Scientific memoirs by medical officers of the Army of India - Part III,
Year: 1887
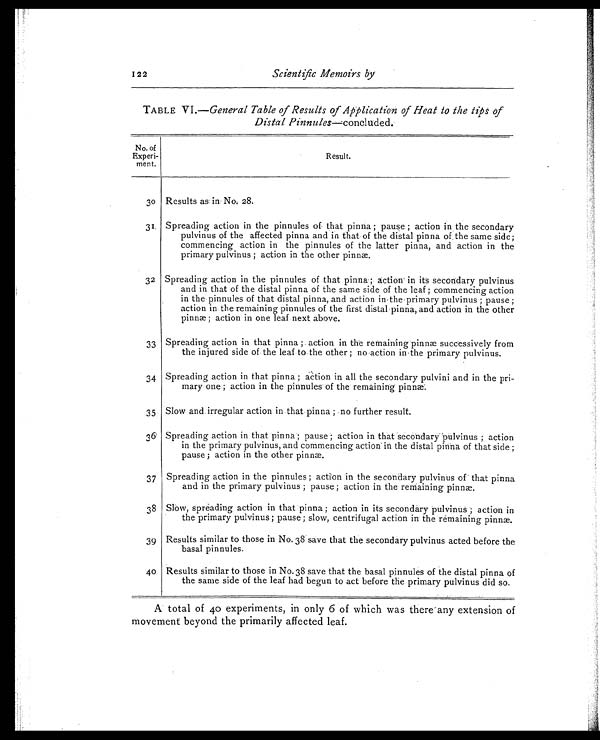
122
Scientific Memoirs by
TABLE VI. —General Table of Results of Application of Heat to the tips of
Distal Pinnules—concluded.
No. of
Experi-
ment.
Result.
30 Results as: in No. 28.
31. Spreading action in the pinnules of that pinna ; pause ; action in the secondary
pulvinus of the affected pinna and in that of the distal pinna of the same side;
commencing action in the pinnules of the latter pinna, and action in the
primary pulvinus ; action in the other pinnæ.
32 Spreading action in the pinnules of that pinna; action in its secondary pulvinus
and in that of the distal pinna of the same side of the leaf ; commencing action
in the pinnules of that distal pinna, and action in the primary pulvinus ; pause ;
action in the remaining pinnules of the first distal pinna, and action in the other
pinnæ; action in one leaf. next above.
33 Spreading action in that pinna ; action in the remaining pinnæ successively from
the injured side of the leaf to the other ; no action in the primary pulvinus.
34 Spreading action in that pinna ; action in all the secondary pulvini and in the pri-
mary one ; action in the pinnules of the remaining pinnæ.
35 Slow and irregular action in that pinna ; no further result.
36 Spreading action in that pinna; pause ; action in that secondary -pulvinus ; action
in the primary pulvinus, and commencing action in the distal pinna of that side ;
pause ; action in the other pinnæ.
37 Spreading action in the pinnules ; action in the secondary pulvinus of that pinna
and in the primary pulvinus ; pause ; action in the remaining pinnæ.
38 Slow, spreading action in that pinna ; action in its secondary pulvinus ; action i
n the primary pulvinus ; pause; slow, centrifugal action in the remaining pinnæ.
39 Results similar to those in No. 38 . save that the secondary pulvinus acted before the
basal pinnules.
40. Results similar to those in No. 38 save that the basal pinnules of the distal pinna of
the same side of the leaf had begun to act before the primary pulvinus did so.
A total of 40 experiments, in only 6 of which was there any extension of
movement beyond the primarily affected leaf.